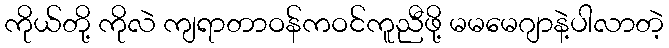
ကိုယ်တို့ ကိုလဲ ကျရာတာဝန်ကဝင်ကူညီဖို့ မမမေဂျာနဲ့ပါလာတဲ့